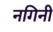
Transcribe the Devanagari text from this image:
नगिनी